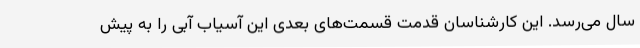
سال می‌رسد. این کارشناسان قدمت قسمت‌های بعدی این آسیاب آبی را به پیش